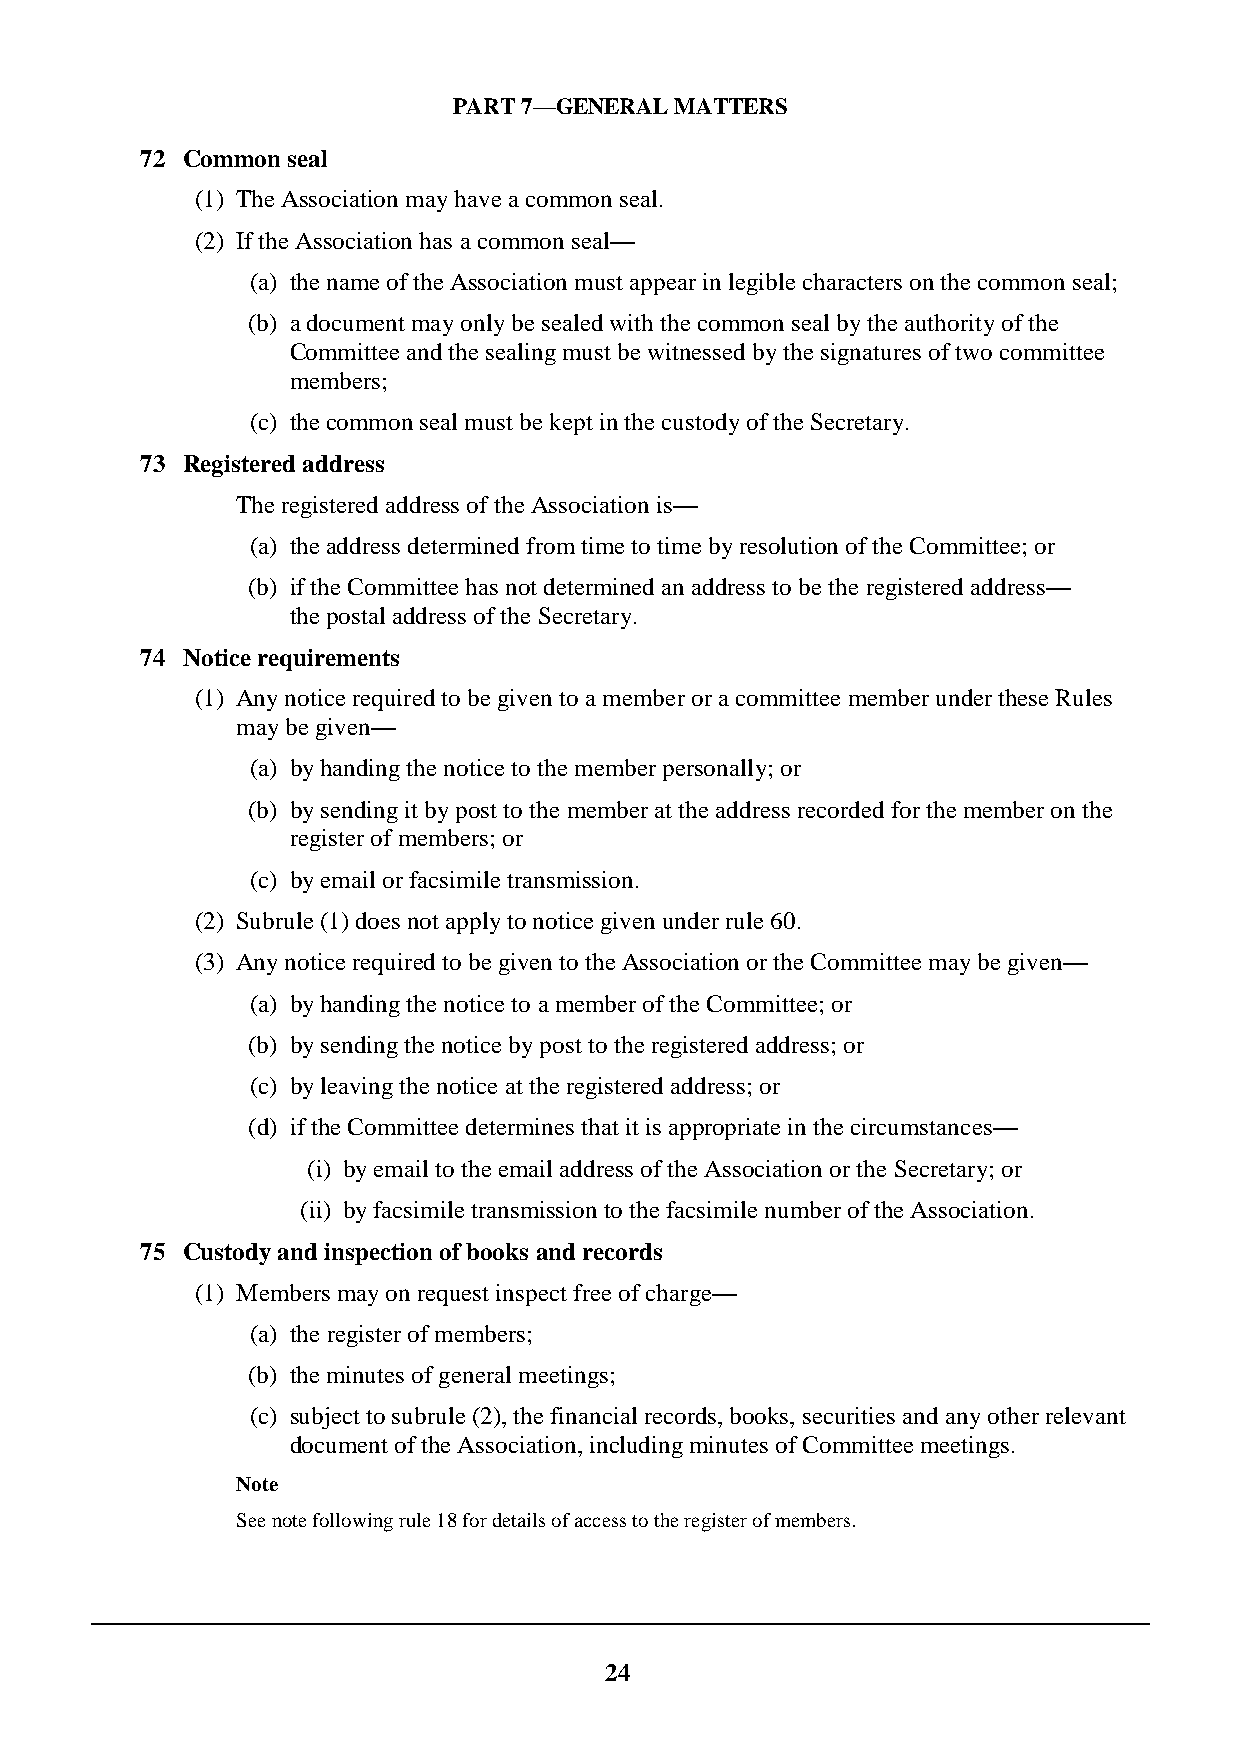
PART 7—GENERAL MATTERS
 72 Common seal
 (1) The Association may have a common seal.
 (2) If the Association has a common seal—
 (a) the name of the Association must appear in legible characters on the common seal;
 (b) a document may only be sealed with the common seal by the authority of the
 Committee and the sealing must be witnessed by the signatures of two committee
 members;
 (c) the common seal must be kept in the custody of the Secretary.
 73 Registered address
 The registered address of the Association is—
 (a) the address determined from time to time by resolution of the Committee; or
 (b) if the Committee has not determined an address to be the registered address—
 the postal address of the Secretary.
 74 Notice requirements
 (1) Any notice required to be given to a member or a committee member under these Rules
 may be given—
 (a) by handing the notice to the member personally; or
 (b) by sending it by post to the member at the address recorded for the member on the
 register of members; or
 (c) by email or facsimile transmission.
 (2) Subrule (1) does not apply to notice given under rule 60.
 (3) Any notice required to be given to the Association or the Committee may be given—
 (a) by handing the notice to a member of the Committee; or
 (b) by sending the notice by post to the registered address; or
 (c) by leaving the notice at the registered address; or
 (d) if the Committee determines that it is appropriate in the circumstances—
 (i) by email to the email address of the Association or the Secretary; or
 (ii) by facsimile transmission to the facsimile number of the Association.
 75 Custody and inspection of books and records
 (1) Members may on request inspect free of charge—
 (a) the register of members;
 (b) the minutes of general meetings;
 (c) subject to subrule (2), the financial records, books, securities and any other relevant
 document of the Association, including minutes of Committee meetings.
 Note
 See note following rule 18 for details of access to the register of members.
 24